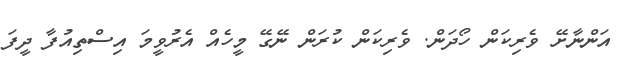
އަންނާށޭ ވެރިކަން ހޯދަން. ވެރިކަން ކުރަން ނޭގޭ މީހެއް އެރުވީމަ އިސްތިއުފާ ދީފަ